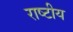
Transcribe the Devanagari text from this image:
राष्‍टीय